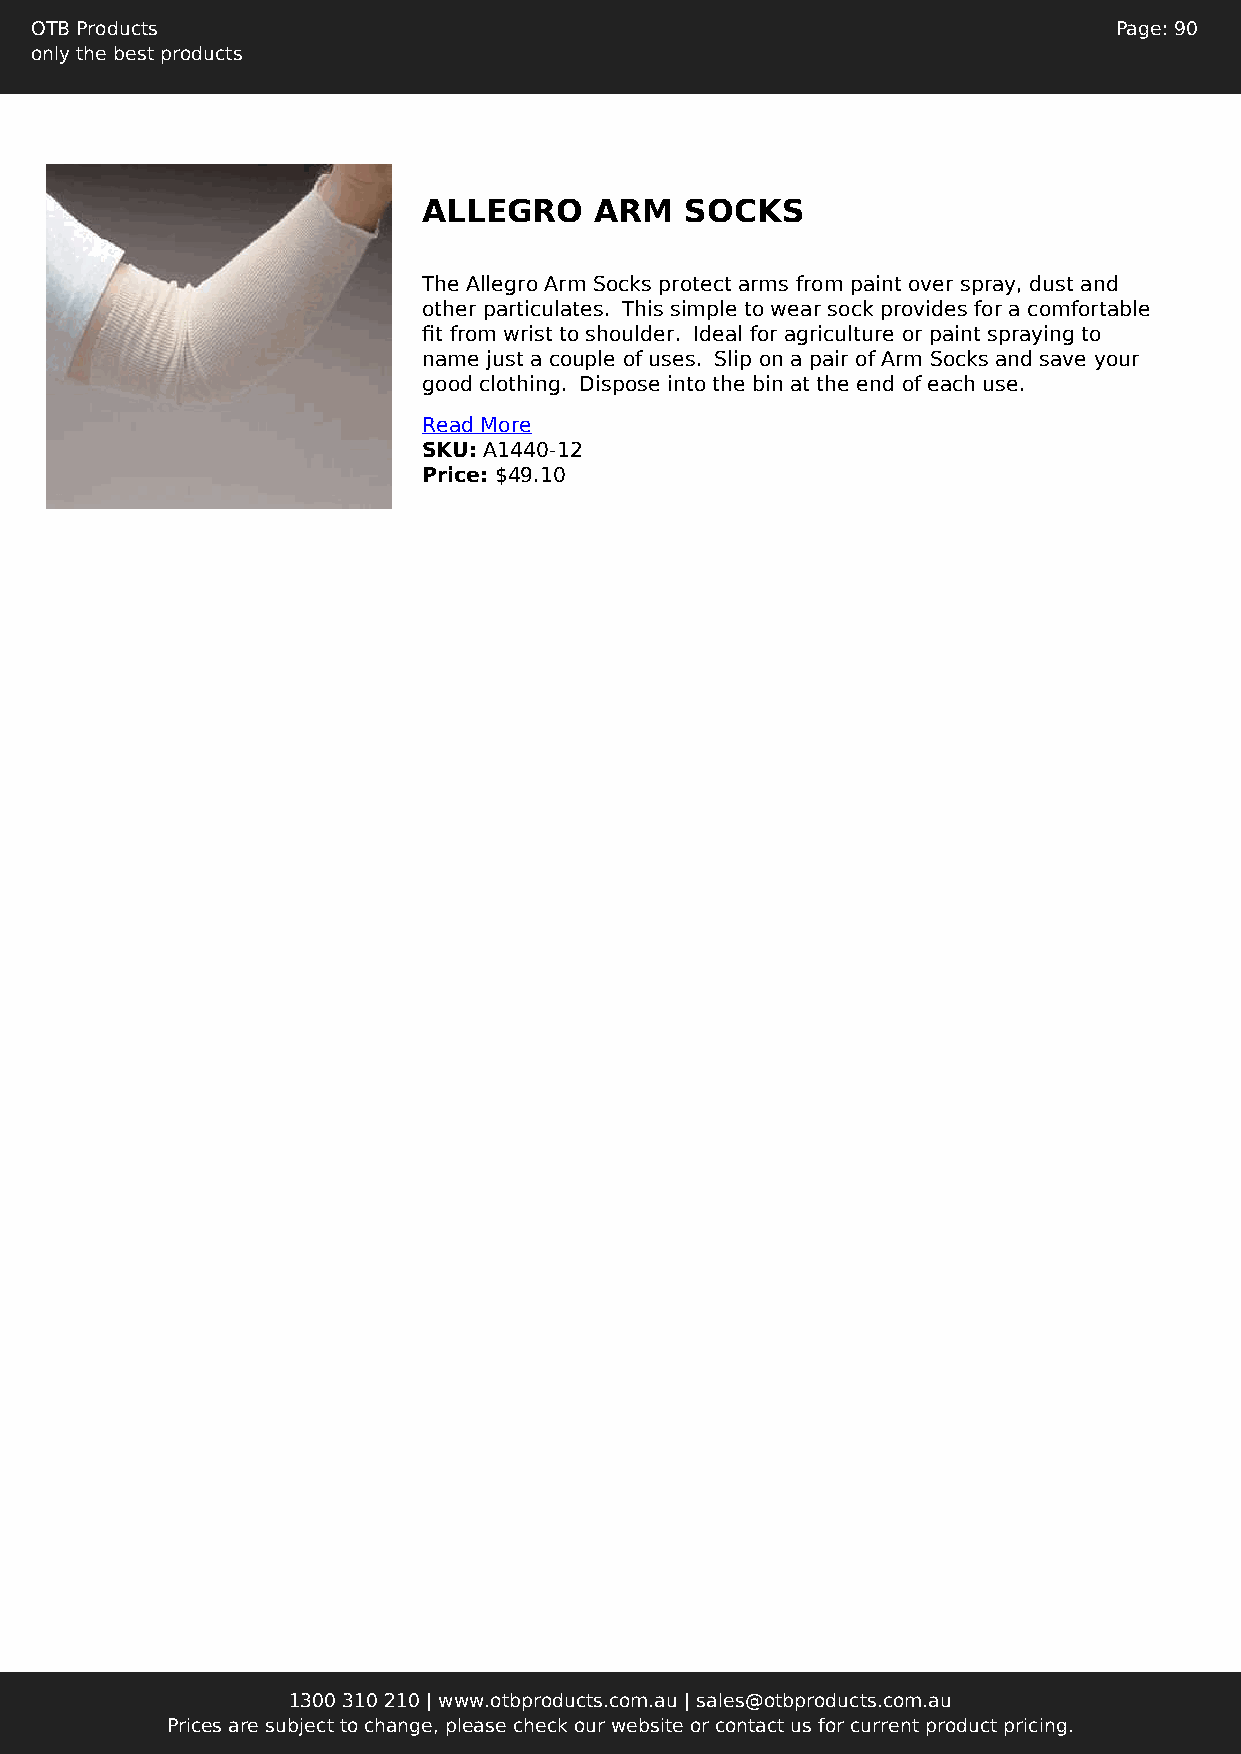
OTB Products                                                            Page: 90
 only the best products
 ALLEGRO    ARM   SOCKS
 The Allegro Arm Socks protect arms from paint over spray, dust and
 other particulates. This simple to wear sock provides for a comfortable
 fit from wrist to shoulder. Ideal for agriculture or paint spraying to
 name just a couple of uses. Slip on a pair of Arm Socks and save your
 good clothing. Dispose into the bin at the end of each use.
 Read More
 SKU: A1440-12
 Price: $49.10
 1300 310 210 | www.otbproducts.com.au | sales@otbproducts.com.au
 Prices are subject to change, please check our website or contact us for current product pricing.